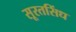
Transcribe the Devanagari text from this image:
सूरतसिंध